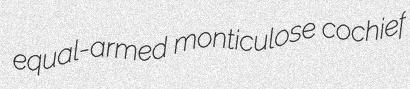
equal-armed monticulose cochief